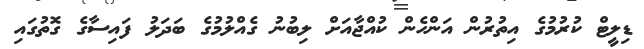
ޑިލީޓް ކުރުމުގެ އިތުރުން އަންހެން ކުއްޖާއަށް ލިބުނު ގެއްލުމުގެ ބަދަލު ފައިސާގެ ގޮތުގައި